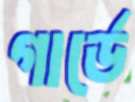
গার্ডে